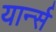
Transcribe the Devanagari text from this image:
यार्न्स